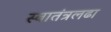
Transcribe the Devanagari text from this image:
स्वातंत्रलढा